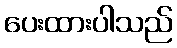
ပေးထားပါသည်